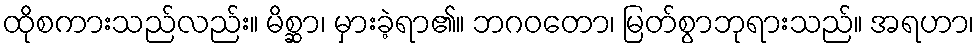
ထိုစကားသည်လည်း။ မိစ္ဆာ၊ မှားခဲ့ရာ၏။ ဘဂဝတော၊ မြတ်စွာဘုရားသည်။ အရဟာ၊